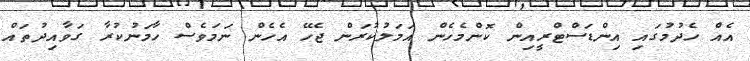
އެއް ހެދުމުގައި އިންޑަސްޓްރީއިން ކޮންމެހެން އަމަލުކުރަން ޖެހޭ އެހެން ނަމަވެސް ހާމަނުކުރާ ގަވާއިދުތައް